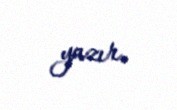
yazır.